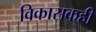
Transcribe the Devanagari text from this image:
विकासकही